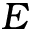
E